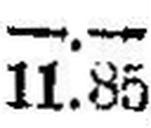
11.85